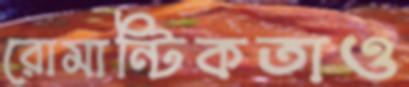
রোমান্টিকতাও